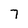
Character: 7